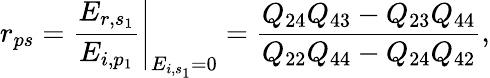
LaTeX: r_{ps}=\left.\frac{E_{r,s_{1}}}{E_{i,p_{1}}}\right\vert_{E_{i,s_{1}}=0}=\frac{Q_{24}Q_{43}-Q_{23}Q_{44}}{Q_{22}Q_{44}-Q_{24}Q_{42}},